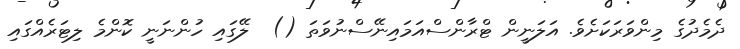
ދެމެދުގެ މިންވަރަކަށެވެ. އަލަނީން ޓްރާންސްއަމައިނޭސްނުވަތަ ()  ލޭގައި ހުންނަނީ ކޮންމެ ލިޓަރެއްގައި